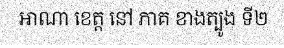
អាណា ខេត្ត នៅ ភាគ ខាងត្បូង ទី២